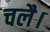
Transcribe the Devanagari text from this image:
चलै।